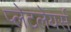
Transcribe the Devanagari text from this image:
प्लेटलेयर्स